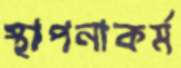
স্থাপনাকর্ম